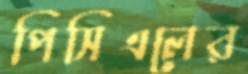
পিসিএলের